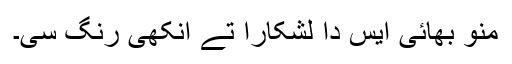
منو بھائی ایس دا لشکارا تے انکھی رنگ سی۔